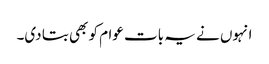
انہوں نے یہ بات عوام کو بھی بتا دی۔